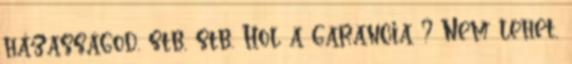
házasságod. stb, stb. Hol a garancia ? Nem lehet,